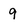
Character: 9